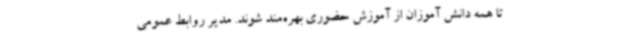
تا همه دانش آموزان از آموزش حضوری بهره‌مند شوند. مدیر روابط عمومی